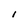
Character: l